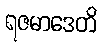
ရဇမာဒေတိ